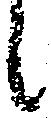
々